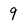
Character: 9